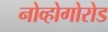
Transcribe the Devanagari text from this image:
नोव्होगोरोड